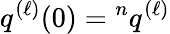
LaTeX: q^{(\ell)}(0)={}^{n}q^{(\ell)}